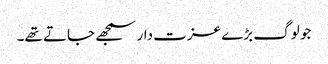
جو لوگ بڑے عزت دار سمجھے جاتے تھے۔